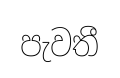
පැවතී